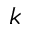
k